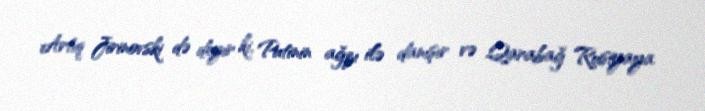
Artıq Jirinovski də deyir ki, Putinin ağzı ilə danışır və Qarabağ Rusiyaya